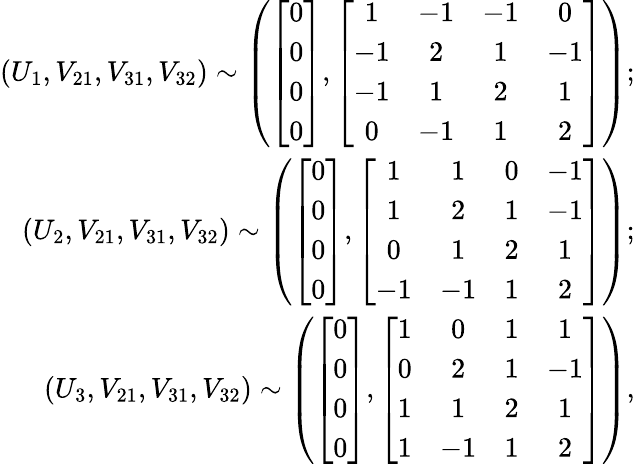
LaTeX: \begin{array}{r}{(U_{1},V_{21},V_{31},V_{32})\sim\left(\left[\begin{array}{c}{0}\\ {0}\\ {0}\\ {0}\end{array}\right],\left[\begin{array}{cccc}{1}&{-1}&{-1}&{0}\\ {-1}&{2}&{1}&{-1}\\ {-1}&{1}&{2}&{1}\\ {0}&{-1}&{1}&{2}\end{array}\right]\right);}\\ {(U_{2},V_{21},V_{31},V_{32})\sim\left(\left[\begin{array}{c}{0}\\ {0}\\ {0}\\ {0}\end{array}\right],\left[\begin{array}{cccc}{1}&{1}&{0}&{-1}\\ {1}&{2}&{1}&{-1}\\ {0}&{1}&{2}&{1}\\ {-1}&{-1}&{1}&{2}\end{array}\right]\right);}\\ {(U_{3},V_{21},V_{31},V_{32})\sim\left(\left[\begin{array}{c}{0}\\ {0}\\ {0}\\ {0}\end{array}\right],\left[\begin{array}{cccc}{1}&{0}&{1}&{1}\\ {0}&{2}&{1}&{-1}\\ {1}&{1}&{2}&{1}\\ {1}&{-1}&{1}&{2}\end{array}\right]\right),}\end{array}